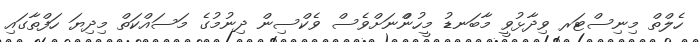
ހެލްތް މިނިސްޓަރ ވިދާޅުވީ މާބަނޑު މީހުންްނަށްވެސް ވެކްސިން ދިނުމުގެ މަސައްކަތް މިދިޔަ ހަފްތާގައި